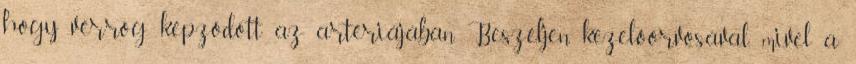
hogy vérrög képződött az artériájában. Beszéljen kezelőorvosával, mivel a